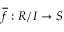
{ \overline { { f } } } : R / I \to S